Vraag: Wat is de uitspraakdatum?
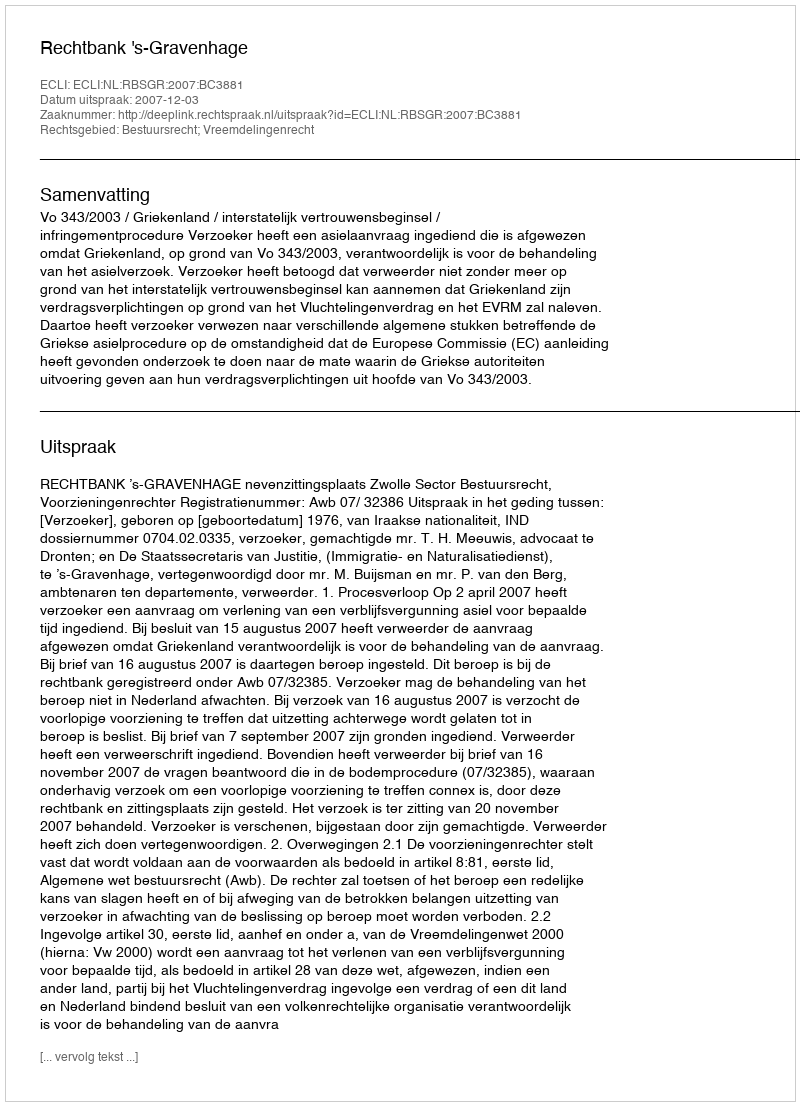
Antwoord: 2007-12-03